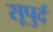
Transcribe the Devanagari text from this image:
सूपुर्द